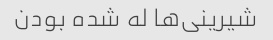
شیرینی‌ها له شده بودن